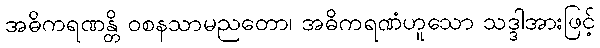
အဓိကရဏန္တိ ဝစနသာမညတော၊ အဓိကရဏံဟူသော သဒ္ဒါအားဖြင့်